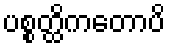
ပစ္စတ္ထိကတောပိ